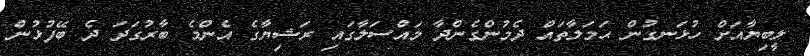
ލީބިޔާއަށް ހުޅަނގުން ޙަމަލާތައް ދެމުންގެންދާ މައްސަލާގައި ރަޝިޔާގެ އެންމެ ބާރުގަދަ ދެ ބޭފުޅުން